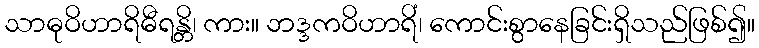
သာဓုဝိဟာရိဓီရန္တိ၊ ကား။ ဘဒ္ဒကဝိဟာရိံ၊ ကောင်းစွာနေခြင်းရှိသည်ဖြစ်၍။